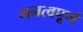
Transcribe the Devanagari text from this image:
मनत्वपूर्ण